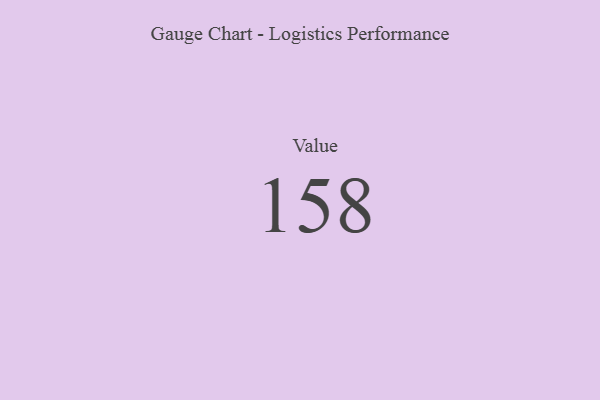
{"axis": {"x": "Metric", "y": "Value"}, "legend": [""], "data": [{"x": "Value", "y": 158, "type": ""}]}